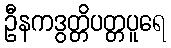
ဦနကဒွတ္တိပတ္တပူရေ